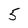
Character: 5